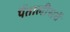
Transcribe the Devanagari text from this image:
पैंतालीसवें